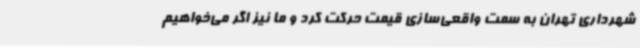
شهرداری تهران به سمت واقعی‌سازی قیمت حرکت کرد و ما نیز اگر می‌خواهیم